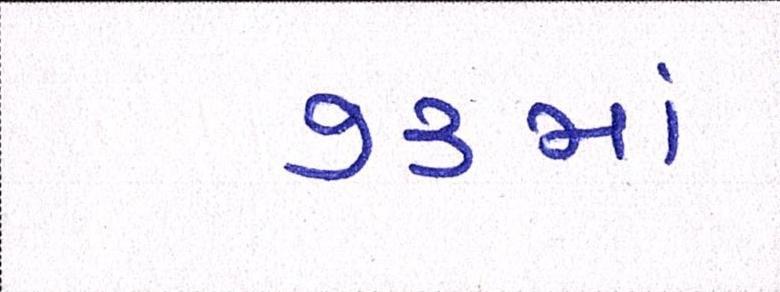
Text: ૭૩માં